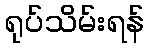
ရုပ်သိမ်းရန်